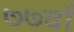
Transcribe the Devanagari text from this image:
७७वाँ